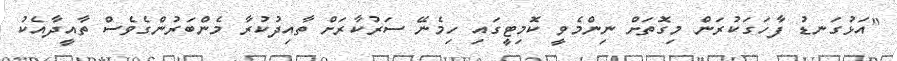
"އަޅުގަނޑު ފާހަގަކުރަން މިގޮތަށް ނިންމެވީ ކޮމިޓީގައި ހިމެނޭ ސަރުކާރަށް ތާއިދުކުރާ މެންބަރުންގެވެސް ތާއީދާއެކު